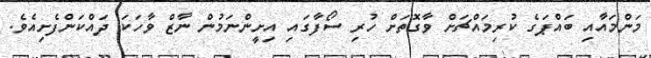
މަންމައާއި ބައްޕަގެ ކުރިމައްޗަށް ވާގޮތަށް ހުރި ސޯފާގައި އިށީންނަމުން ނާޒް ވާހަކަ ދައްކަންފެށިއެވެ.